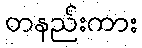
တနည်းကား